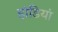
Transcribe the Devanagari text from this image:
हांडियां